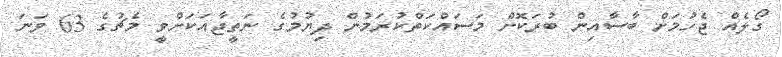
ގޯލެއް ޖެހުމަށް ބާސާއިން ބުރަކޮށް މަސައްކަތްކުރަމުން ދިޔުމުގެ ނަތީޖާއަކަށްވީ މެޗުގެ 63 ވަނަ